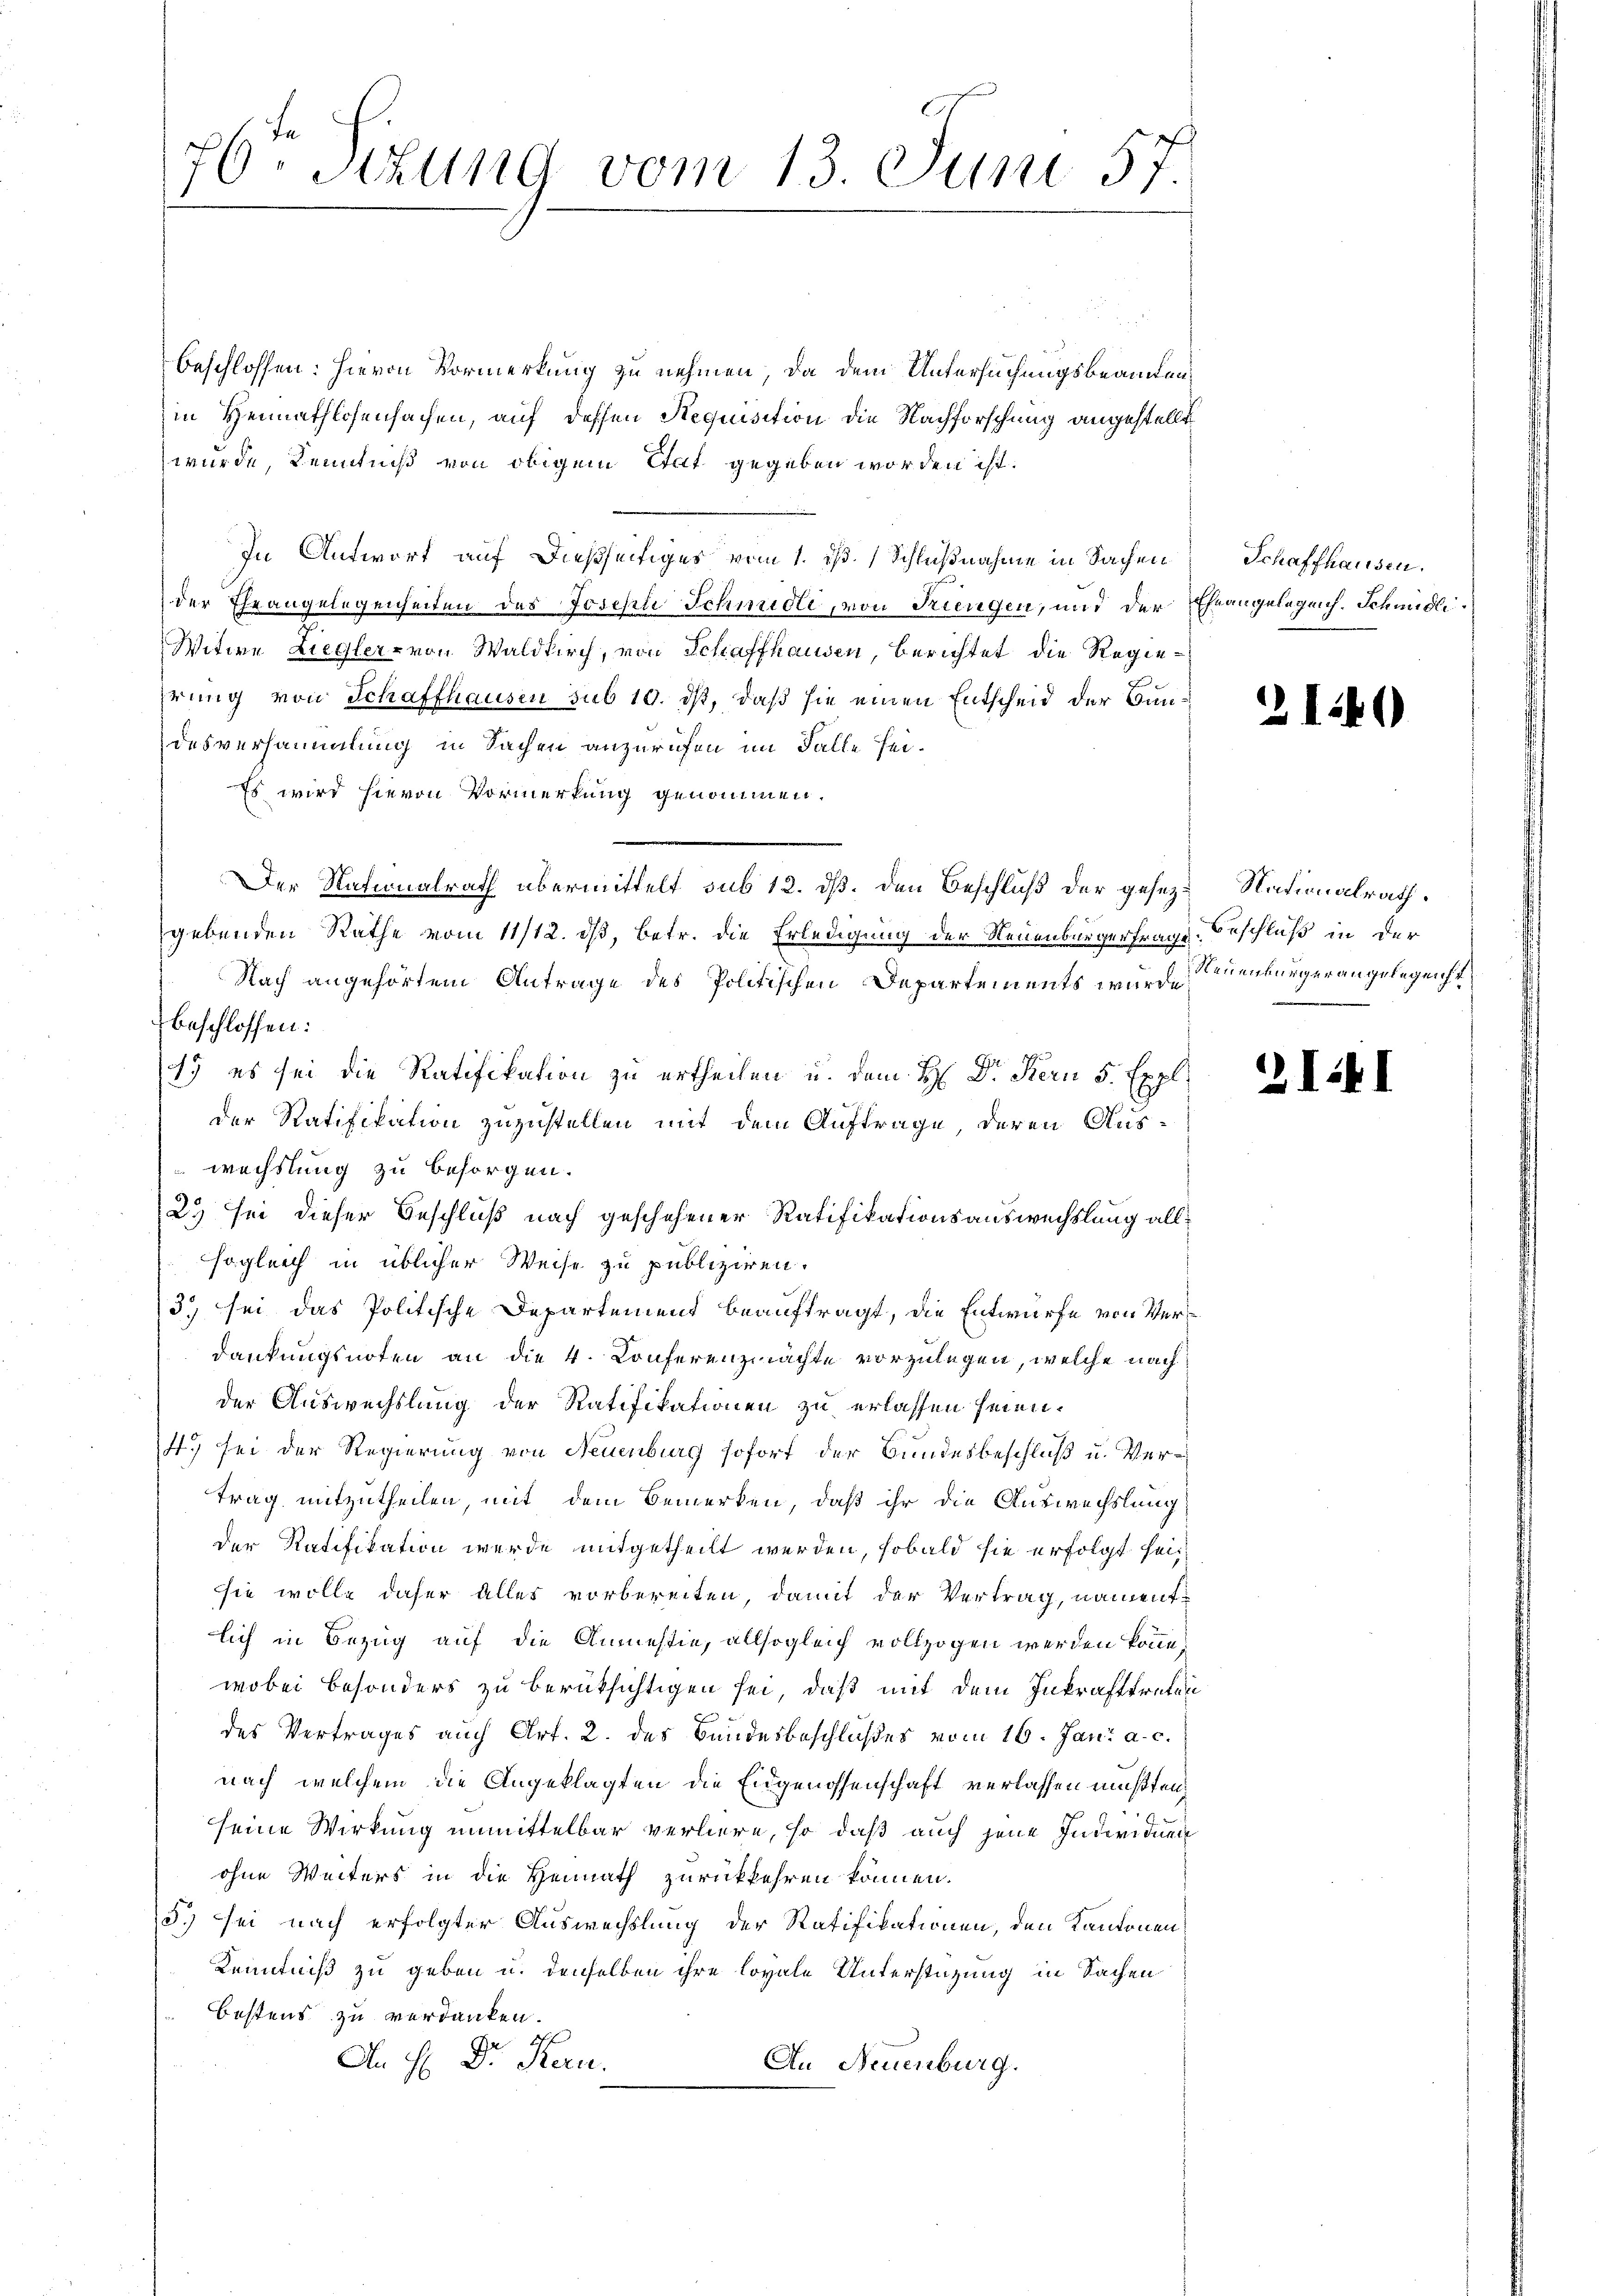
beschlossen: hievon Vormerkung zu nehmen, da dem Untersuchungsbeamten,
in Heimathlosensachen, auf dessen Requisition die Nachforschung angestellt
wurde, Kenntniß von obigem Etat gegeben worden ist.
In Antwort auf dießseitiges vom 1. ist. Schlußnahme in Sachen Schaffhausen.
der Eheangelegenheiten des Joseph Schmidli, von Kiengen, und der Eheangelegen. Schmidli
Witwe Liegler- von Waldkirch, von Schaffhausen, berichtet die Regiehrung von Schaffhausen sub 10. ds, daß sie einen Entscheid der Bundesversammlung in Sachen anzurichen im Falle sei¬
Es wird hievon Vormerkung genommen.
gebenden Rathe vom 11/12. dß, betr. die Erledigung der Neuenburgerfrage. Beschluß in der
Nach angehörtem Antrage des Politischen Departements wurde euenburger angelegenst
beschlossen:
1) es sei die Ratifikation zu ertheilen u. dem H: Dr. Kern 5 Expl. 18. Jak. I
der Ratifikation zuzustellen mit dem Auftrage, deren Auswechslung zu besorgen.
25 sei dieser Beschluß nach geschehener Ratifikationsauswechslung allsogleich in üblicher Weise zu publiziren.
3) sei das Politische Departement beauftragt, die Entwurfe von Verdankungsnoten an die 4. Conferenzmachte vorzulegen, welche nachder Auswechslung der Ratifikationen zu erlassen seien.
4. sei der Regierung von Neuenburg sofort der Bundesbeschluß u. Vertrag mitzutheilen, mit dem Bemerken, daß ihr die Auswechslung
der Ratifikation werde mitgetheilt werden, sobald sie erfolgt sein
sie wolle daher alles vorbereiten, damit der Vertrag, namentlich in Bezug auf die Anmestie, allsogleich vollzogen werden könne.
wobei besonders zu berüksichtigen sei, daß mit dem Inkrafttreten
des Vertrages auch Art. 2. des Bundesbeschloßes vom 16. Jan. a. c.
nach, welchem die Angeklagten die Eidgenossenschaft verlassen mußten,
seine Wirkung unmittelbar verliere, so daß auch jene Individuen
ohne Weiters in die Heimath zurückkehren können.
5.) sei nach erfolgter Auswechslung der Ratifikationen, den Kantonen
Kenntniß zu geben u. denselben ihre lovale Unterstüzung in Sachen
Bestens zu verdanken.
An H: Dr. Kera.
An Neuenburg.

76. Sitzung vom 13. Juni 57.
1

Der Nationalrath übermittelt sub 12. ds. den Beschluß der geseze Nationalrath.

2140